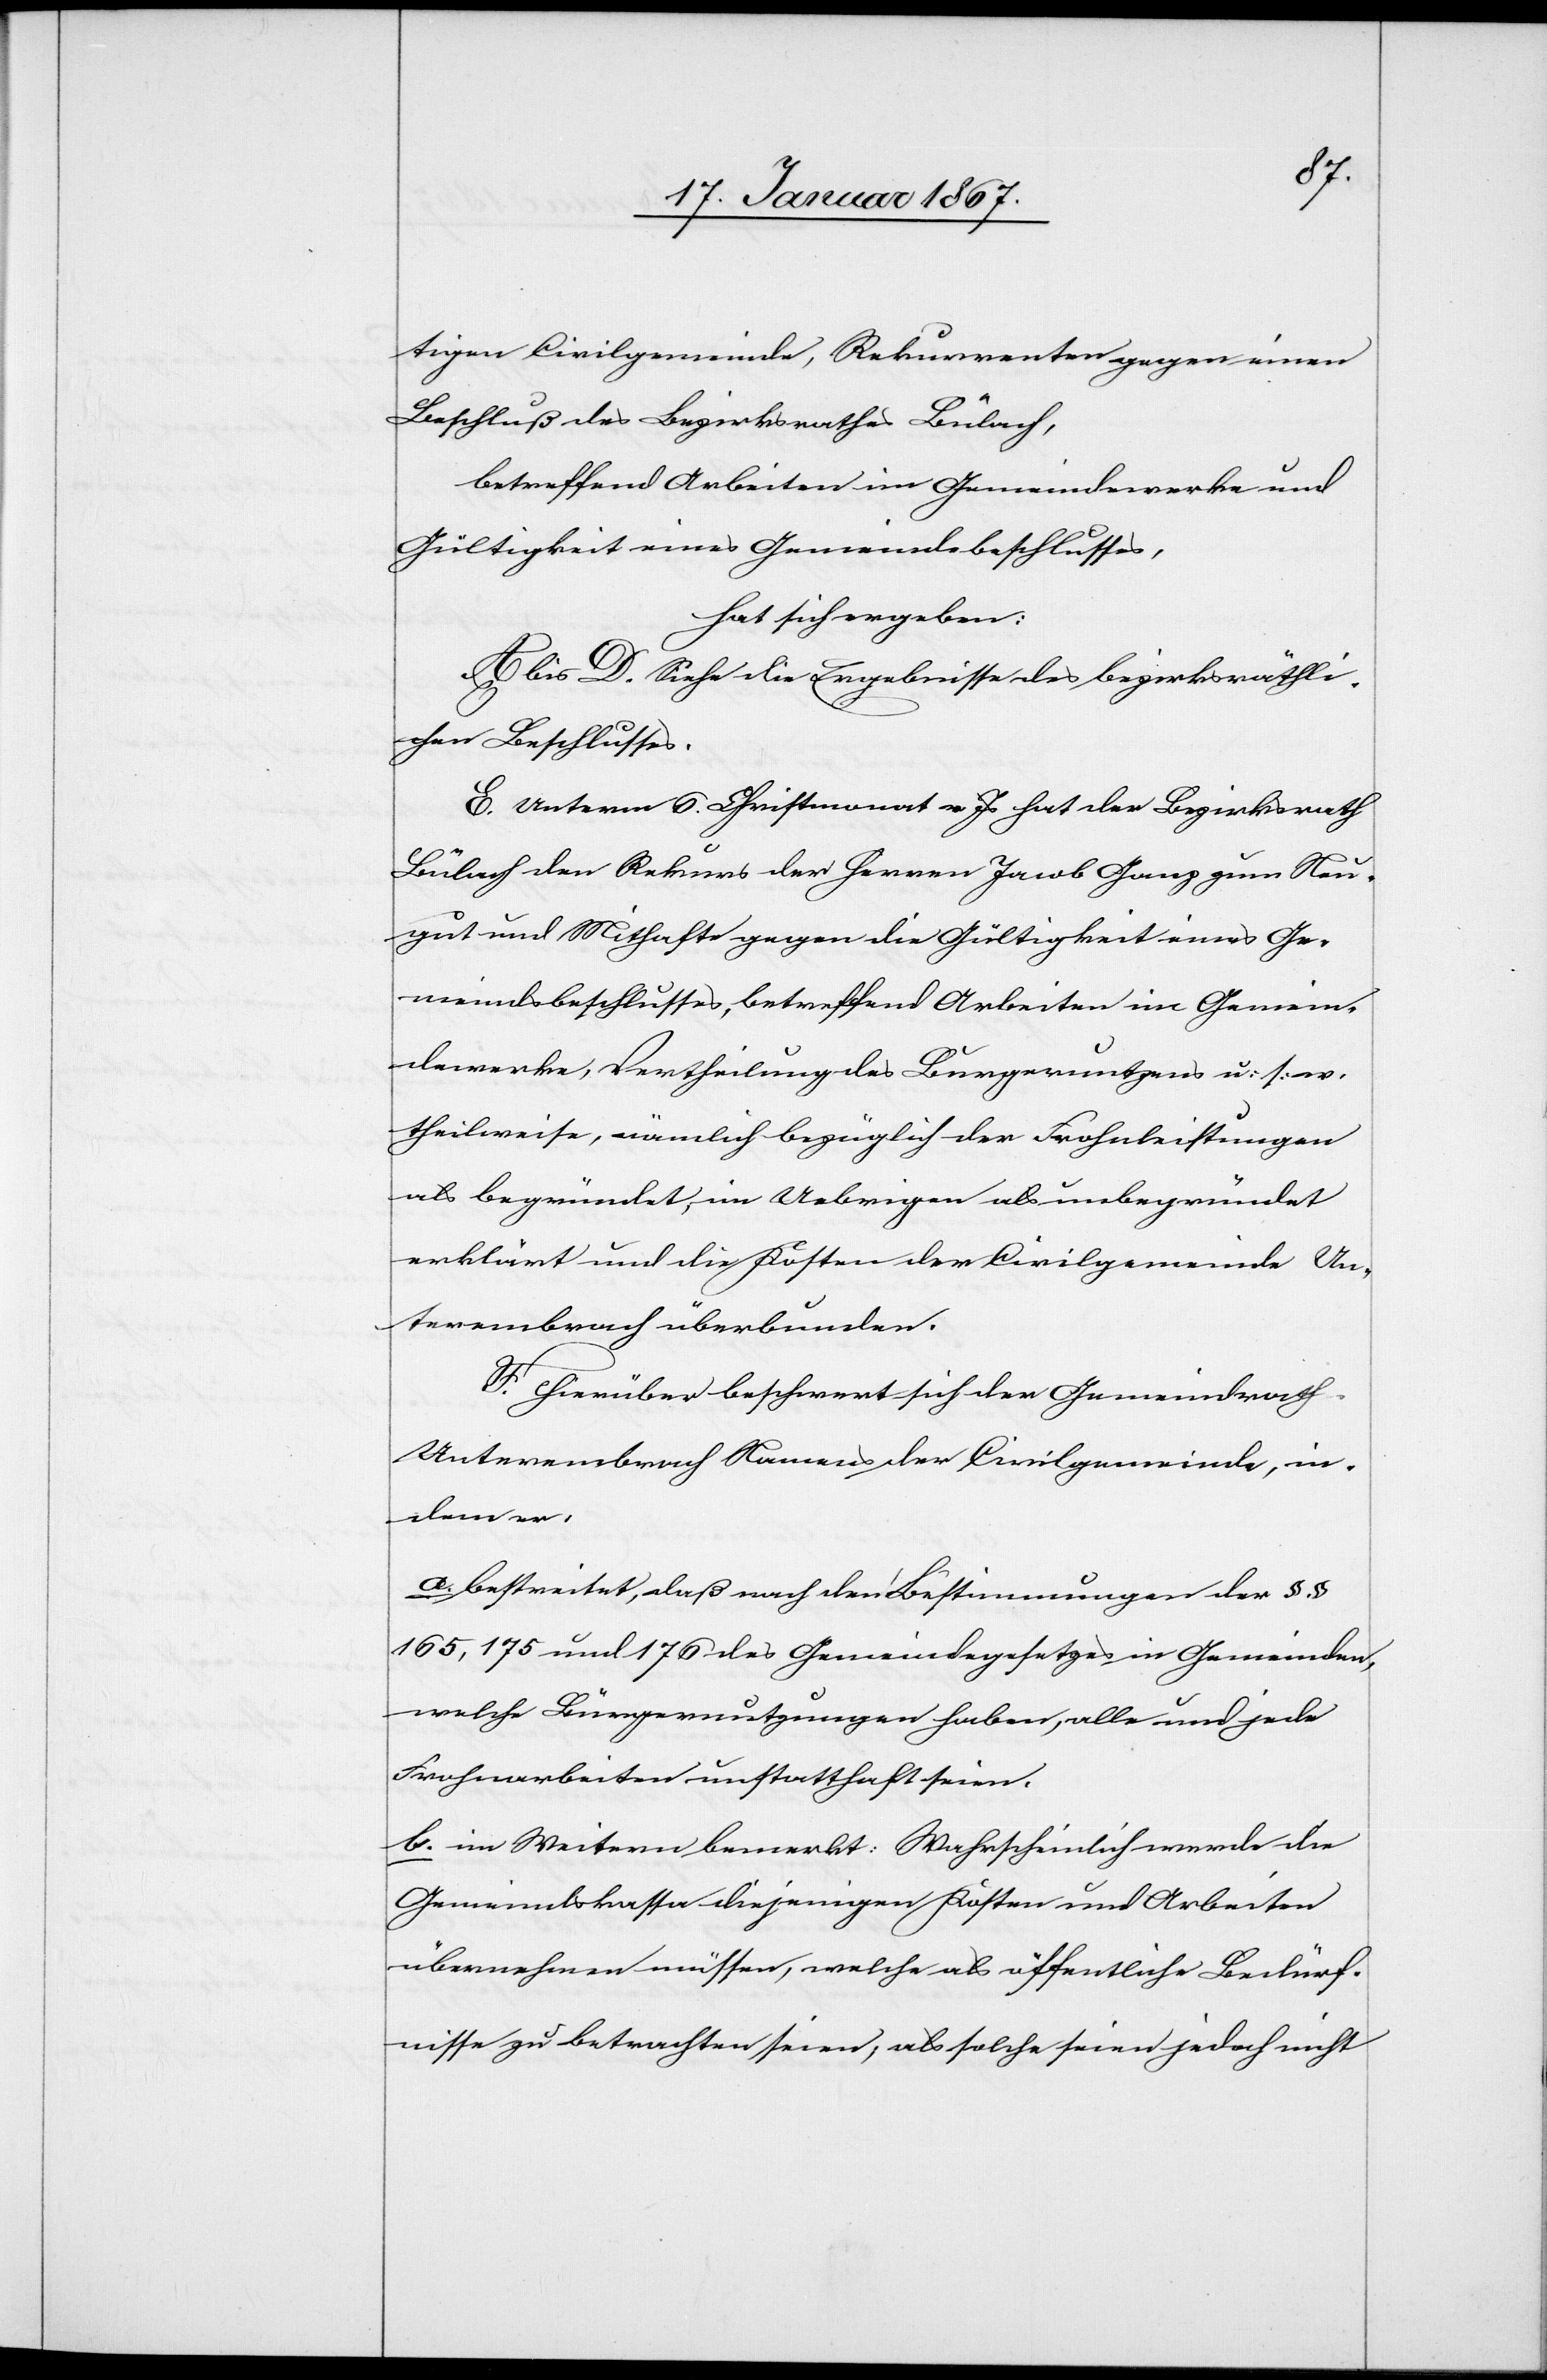
tigen Civilgemeinde, Rekurrenten gegen einen
Beschluß des Bezirksrathes Bülach,
betreffend Arbeiten im Gemeindewerke und
Gültigkeit eines Gemeindebeschlusses,
hat sich ergeben:
A. bis D. Siehe die Ergebnisse des bezirksräthli¬
chen Beschlusses.
E. Unterm 6. Christmonat v. Js hat der Bezirksrath
Bülach den Rekurs der Herren Jacob Ganz zum Heu¬
gut und Mithafte gegen die Gültigkeit eines Ge¬
meindsbeschlusses, betreffend Arbeiten im Gemein¬
dswerke, Vertheilung des Bürgernutzes u. s. w.
theilweise, nämlich bezüglich der Frohnleistungen
als begründet, im Uebrigen als unbegründet
erklärt und die Kosten der Civilgemeinde Un¬
terembrach überbunden.
F. Hierüber beschwert sich der Gemeindrath
Unterembrach Namens der Civilgemeinde, in¬
dem er:
a. bestreitet, daß nach den Bestimmungen der §§
165, 175 und 176 des Gemeindegesetzes in Gemeinden,
welche Bürgernutzungen haben, alle und jede
Frohnarbeiten unstatthaft seien.
b. im Weiteren bemerkt: Wahrscheinlich werde die
Gemeindskassa diejenigen Kosten und Arbeiten
übernehmen müssen, welche als öffentliche Bedürf¬
nisse zu betrachten seien, als solche seien jedoch nicht